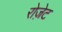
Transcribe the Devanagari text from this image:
रोजे़ट